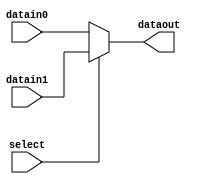
//2-1
module Mux_2_1 (select, datain0, datain1, dataout);
    input select;
    input datain0, datain1;
    output reg dataout;

    always @(*) begin
        if (select) 
            dataout <= datain1;
        else
            dataout <= datain0;
    end
endmodule